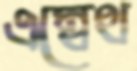
এম্বেথ